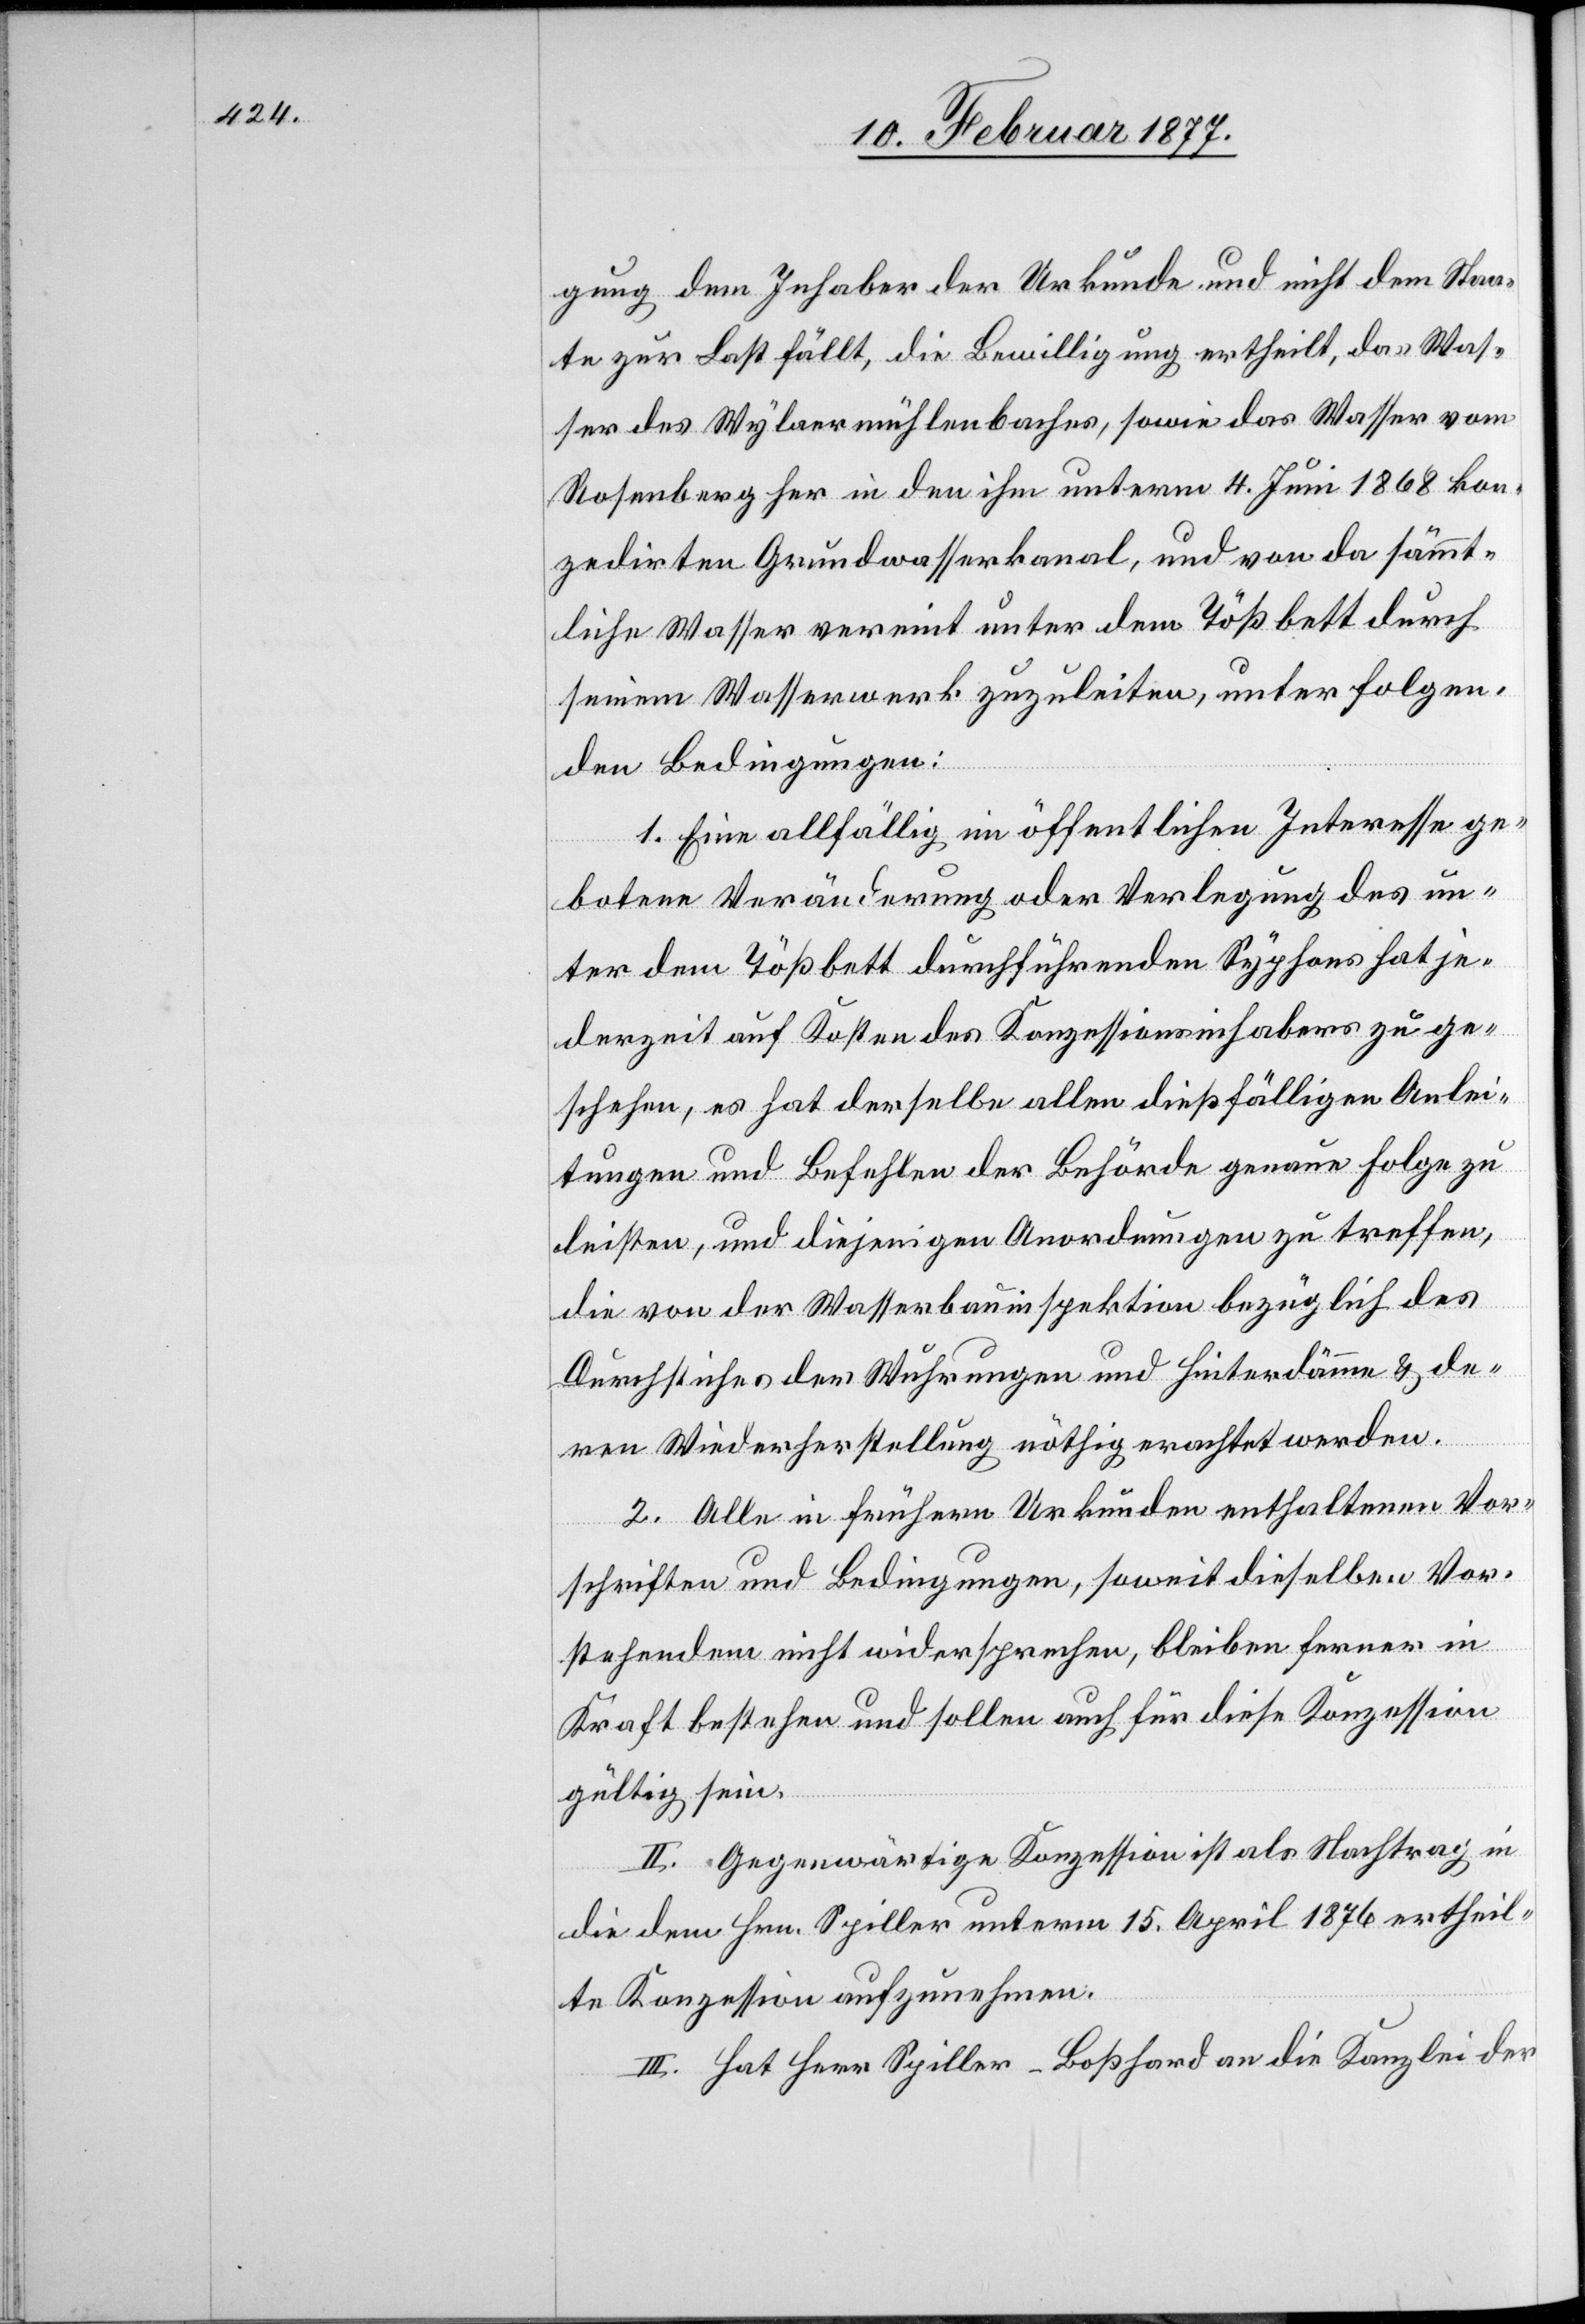
gung dem Inhaber der Urkunde und nicht dem Staa¬
te zur Last fällt, die Bewilligung ertheilt, das Was¬
ser des Wylaermühlenbaches, sowie das Wasser vom
Rosenberg her in den ihm unterm 4. Juni 1868 kon¬
zedirten Grundwasserkanal, und von da sämmt¬
liche Wasser vereint unter dem Tößbett durch
seinem Wasserwerk zuzuleiten, unter folgen¬
den Bedingungen:
1. Eine allfällig im öffentlichen Interesse ge¬
botene Veränderung oder Verlegung des un¬
ter dem Tößbett durchführenden Syphons hat je¬
derzeit auf Kosten des Konzessionsinhabers zu ge¬
schehen, es hat derselbe allen dießfälligen Anlei¬
tungen und Befehlen der Behörde genaue Folge zu
leisten, und diejenigen Anordnungen zu treffen,
die von der Wasserbauinspektion bezüglich des
Durchstiches der Wuhrungen und Hinterdämme & de¬
ren Wiederherstellung nöthig erachtet werden.
2. Alle in frühern Urkunden enthaltenen Vor¬
schriften und Bedingungen, soweit dieselben Vor¬
stehendem nicht widersprechen, bleiben ferner in
Kraft bestehen und sollen auch für diese Konzession
gültig sein.
II. Gegenwärtige Konzession ist als Nachtrag in
die dem Hrn. Spiller unterm 15. April 1876 ertheil¬
te Konzession aufzunehmen.
III. Hat Herr Spiller-Boßhard an die Kanzlei der